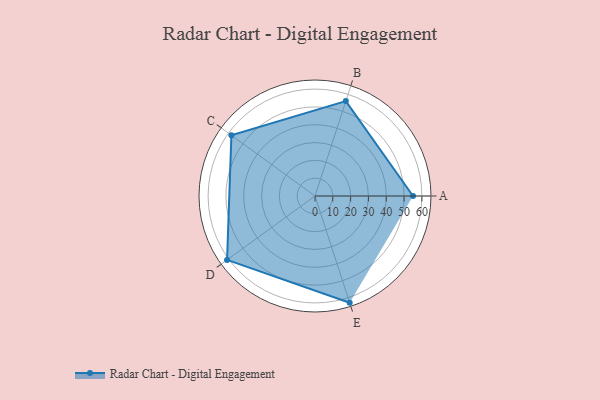
{"axis": {"x": "Skill", "y": "Score"}, "legend": ["Profile"], "data": [{"x": "A", "y": 55.0, "type": "Profile"}, {"x": "B", "y": 56.0, "type": "Profile"}, {"x": "C", "y": 58.0, "type": "Profile"}, {"x": "D", "y": 61.0, "type": "Profile"}, {"x": "E", "y": 63.0, "type": "Profile"}]}